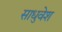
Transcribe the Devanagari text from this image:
साधुवेश